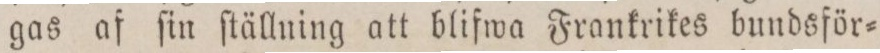
gas af ſin ſtällning att blifwa Frankrikes bundsför=